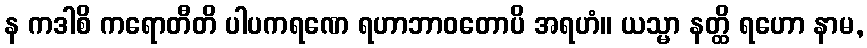
န ကဒါစိ ကရောတီတိ ပါပကရဏေ ရဟာဘာဝတောပိ အရဟံ။ ယသ္မာ နတ္ထိ ရဟော နာမ,